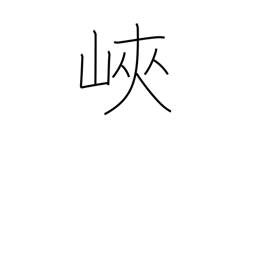
Meaning: isthmus